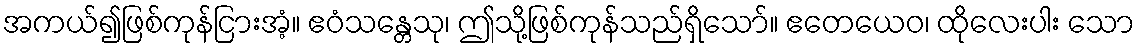
အကယ်၍ဖြစ်ကုန်ငြားအံ့။ ဧဝံသန္တေသု၊ ဤသို့ဖြစ်ကုန်သည်ရှိသော်။ ဧတေယေဝ၊ ထိုလေးပါး သော